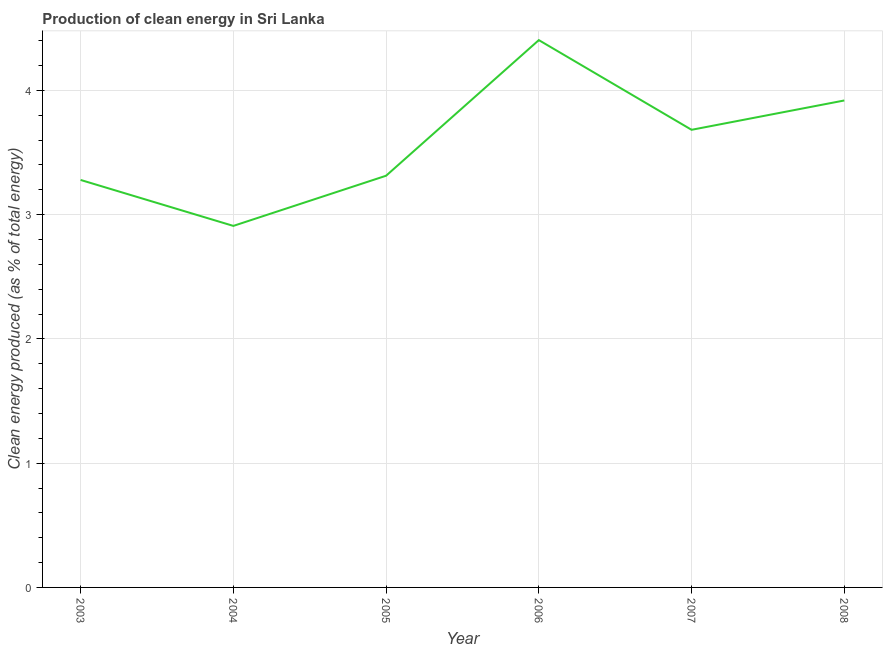
| Year | Alternative and nuclear energy |
 | --- | --- |
 | 2003 | 3.28 |
 | 2004 | 2.91 |
 | 2005 | 3.31 |
 | 2006 | 4.4 |
 | 2007 | 3.68 |
 | 2008 | 3.92 |